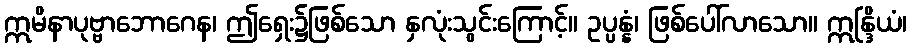
ဣမိနာပုဗ္ဗာဘောဂေန၊ ဤရှေး၌ဖြစ်သော နှလုံးသွင်းကြောင့်။ ဥပ္ပန္နံ၊ ဖြစ်ပေါ်လာသော။ ဣန္ဒြိယံ၊